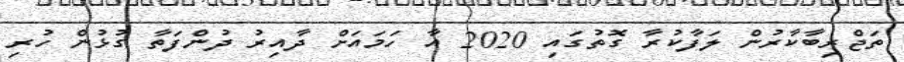
ތަޖްރިބާކާރުން ލަފާކުރާ ގޮތުގައި 2020 އާ ހަމައަށް ދާއިރު ދުންފަތާ ގުޅުން ހުރި